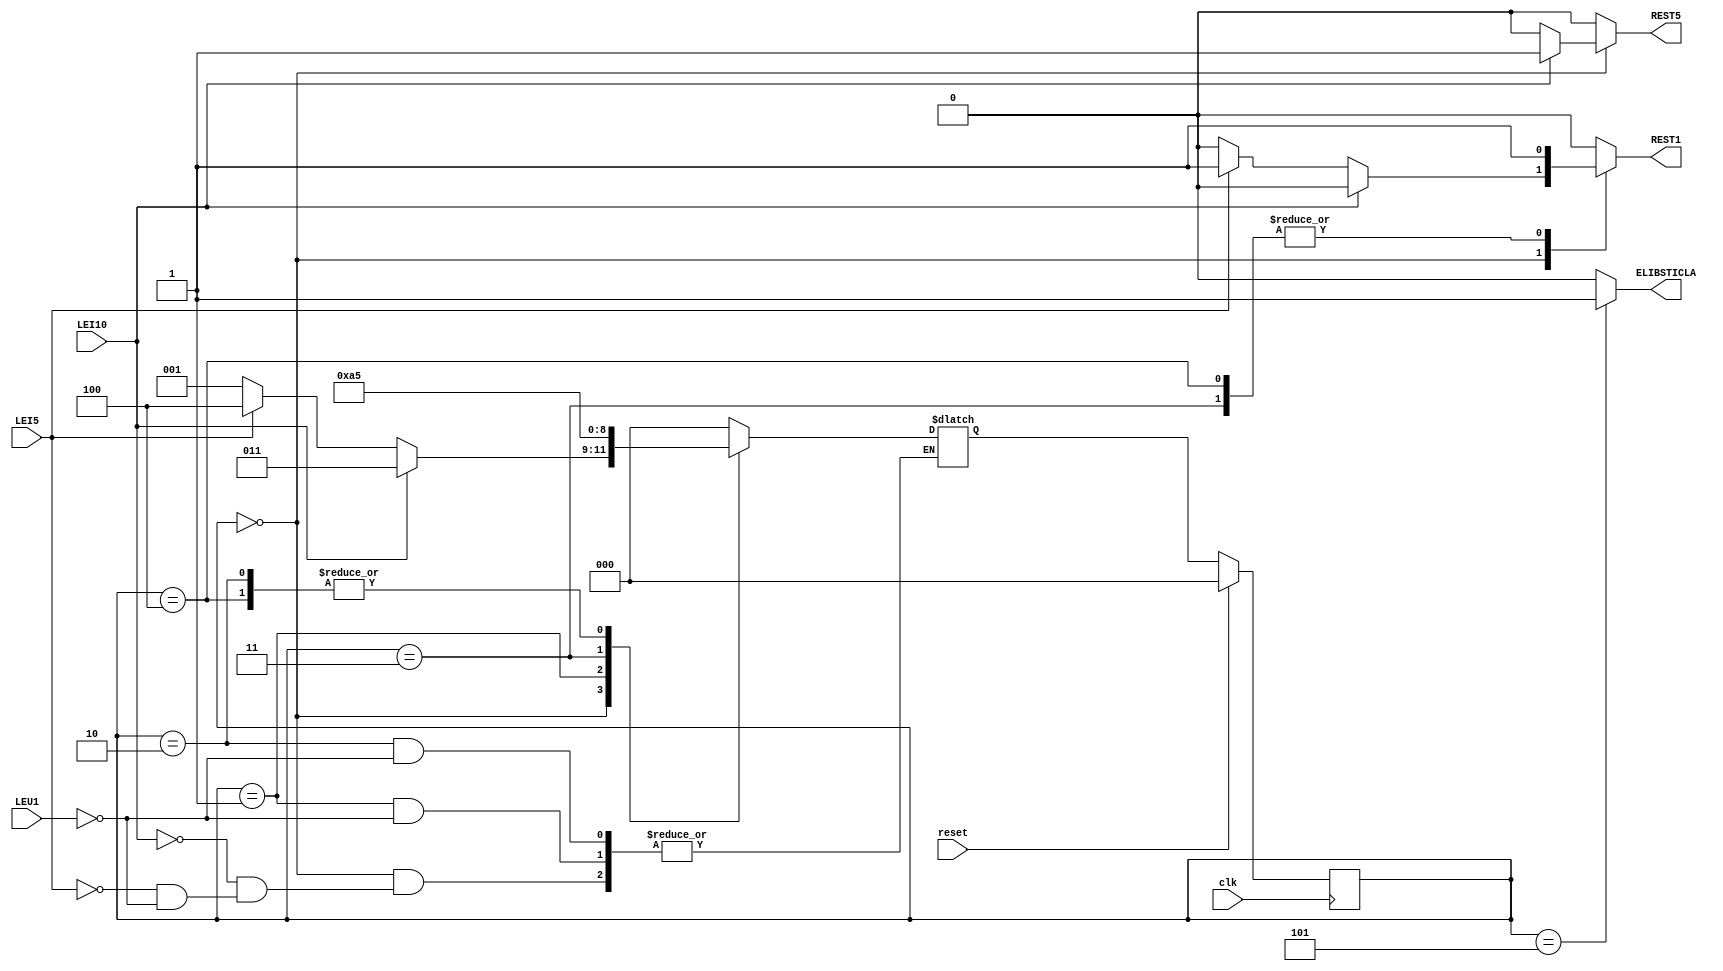
`timescale 1ns / 1ps
//////////////////////////////////////////////////////////////////////////////////
// Company: 
// Engineer: 
// 
// Design Name: 
// Module Name: Automat
// Project Name: 
// Target Devices: 
// Tool Versions: 
// Description: 
// 
// Dependencies: 
// 
// Revision:
// Revision 0.01 - File Created
// Additional Comments:
// 
//////////////////////////////////////////////////////////////////////////////////


module Automat(clk, reset, LEU1, LEI5, LEI10, REST1, REST5, ELIBSTICLA);

input clk, reset, LEU1, LEI5, LEI10;
output reg REST5, ELIBSTICLA;
output reg REST1;

reg [2:0] state, nextstate;

parameter s0 = 3'b000;  //stare initiala
parameter s1 = 3'b001;  //stare in care se ajunge din s0, dupa ce se baga un leu
parameter s2 = 3'b010;  //stare in care se ajunge din s1, dupa ce se mai baga 1 leu
parameter s3 = 3'b011;  //stare in care se ajunge din starea initiala, dupa ce se baga 5 lei
parameter s4 = 3'b100;  //stare in care se ajunge din starea initiala, dupa ce se baga 10 lei
parameter s5 = 3'b101;  //stare in care trebuie sa se mai dea rest 1 leu 
parameter s6 = 3'b110;  //stare in care trebuie sa se mai dea rest 2 lei
parameter s7 = 3'b111;

always @(posedge clk)
begin
    if (reset)
        state <= 3'b000;
    else
        state <= nextstate;
end

/*always @(negedge clk)
begin
    ELIBSTICLA = 0;
    REST1 = 0;
    REST5 = 0;
end*/

always @(state, LEU1, LEI5, LEI10)
begin
   REST1 = 0; REST5 = 0; ELIBSTICLA = 0;
   case (state)
   s0: begin
        if(LEU1)
            begin nextstate <= s1; REST1 = 0; REST5 = 0; ELIBSTICLA = 0; end
        if(LEI5)
            begin nextstate <= s4; REST1 = 1; REST5 = 0; ELIBSTICLA = 0; end
        if(LEI10)
            begin nextstate <= s3; REST1 = 0; REST5 = 1; ELIBSTICLA = 0; end
        end
   s1: begin
        if(LEU1)
            begin nextstate <= s2; REST1 = 0; REST5 = 0; ELIBSTICLA = 0; end
       end
   s2: begin
        if(LEU1)
            begin nextstate <= s5; REST1 = 0; REST5 = 0; ELIBSTICLA = 0; end
        end
   s3: begin nextstate <= s4; REST1 = 1; REST5 = 0; ELIBSTICLA = 0; end
   s4: begin nextstate <= s5; REST1 = 1; REST5 = 0; ELIBSTICLA = 0; end
   s5: begin nextstate <= s0; REST1 = 0; REST5 = 0; ELIBSTICLA = 1; end
   default: begin nextstate <= s0; REST1 = 0; REST5 = 0; ELIBSTICLA = 0; end 
   endcase
end
endmodule